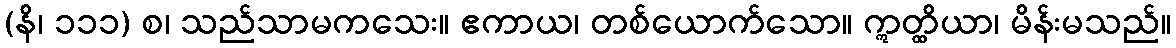
(နိ၊ ၁၁၁) စ၊ သည်သာမကသေး။ ဧကာယ၊ တစ်ယောက်သော။ ဣတ္ထိယာ၊ မိန်းမသည်။